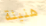
هنيئة